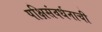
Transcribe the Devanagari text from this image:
पक्षिसंवर्धनाची